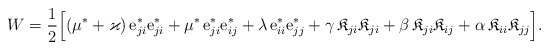
\begin{align*}W = \frac{1}{2}\Big[& (\mu^*+\varkappa)\, {\rm e}^* _{ji}{\rm e}^* _{ji}+ \mu^*\, {\rm e}^*_{ji} {\rm e}^*_{ij} +\lambda\, {\rm e}^*_{ii} {\rm e}^*_{jj} +\gamma \, \mathfrak{K}_{ji}\mathfrak{K}_{ji} +\beta\, \mathfrak{K}_{ji} \mathfrak{K}_{ij} + \alpha\, \mathfrak{K}_{ii} \mathfrak{K}_{jj} \Big].\end{align*}